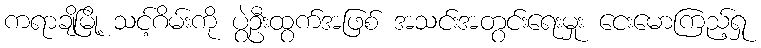
ကရာချိမြို့ သင့်ဂိမ်းကို ပွဲဦးထွက်အဖြစ် အသင်းအတွင်းရေးမှုး ငေးမောကြည့်ရှု